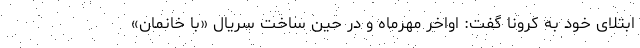
ابتلای خود به کرونا گفت: اواخر مهرماه و در حین ساخت سریال «با خانمان»